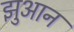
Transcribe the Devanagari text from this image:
झुआन